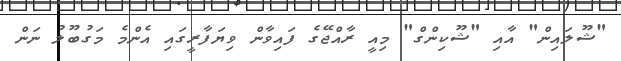
"ޝޫލައިން" އާއި "ޝޫކިންގް" މިއީ ރާއްޖޭގެ ފައިވާން ވިޔަފާރީގައި އެންމެ މަގުބޫލު ނަން